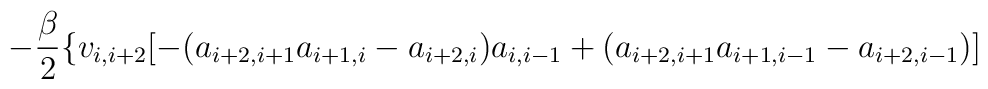
-\frac{\beta }{2} \{ v_{i,i+2}[-(a_{i+2,i+1} a_{i+1,i}-a_{i+2,i}) a_{i,i-1}+(a_{i+2,i+1} a_{i+1,i-1}-a_{i+2,i-1})]